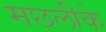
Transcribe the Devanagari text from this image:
मछलीके